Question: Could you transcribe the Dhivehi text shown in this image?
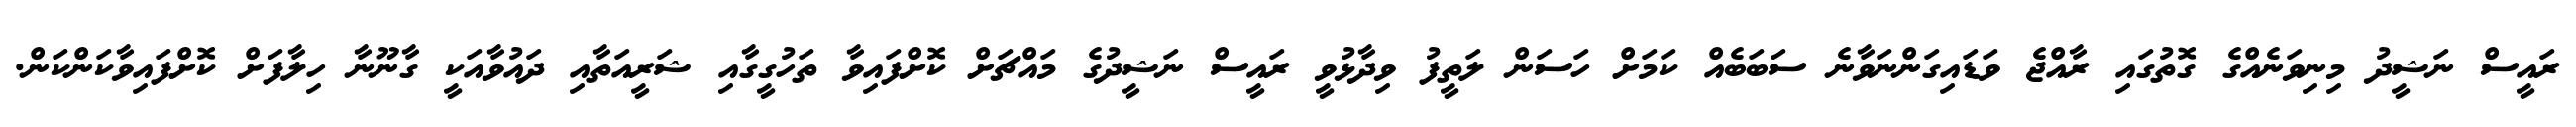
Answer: ރައީސް ނަޝީދު މިނިވަނެއްގެ ގޮތުގައި ރާއްޖެ ވަޑައިގަންނަވާނެ ސަބަބެއް ކަމަށް ހަސަން ލަތީފު ވިދާޅުވީ ރައީސް ނަޝީދުގެ މައްޗަށް ކޮށްފައިވާ ތަހުގީގާއި ޝަރީއަތާއި ދައުވާއަކީ ގާނޫނާ ހިލާފަށް ކޮށްފައިވާކަންކަން.